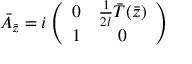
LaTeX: \bar { A } _ { \bar { z } } = i \left( \begin{array} { c c } { { 0 } } & { { { \frac { 1 } { 2 l } } \bar { T } ( \bar { z } ) } } \\ { { 1 } } & { { 0 } } \end{array} \right)